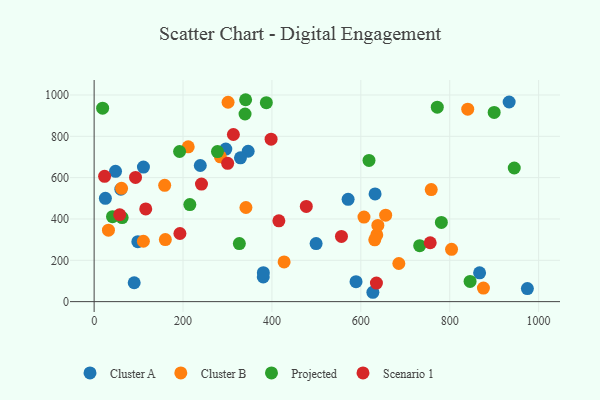
{"axis": {"x": "Study Hours", "y": "Exam Score"}, "legend": ["Cluster A", "Cluster B", "Projected", "Scenario 1"], "data": [{"x": "380.5", "y": 119.7, "type": "Cluster A"}, {"x": "90.1", "y": 91.5, "type": "Cluster A"}, {"x": "296.2", "y": 738.2, "type": "Cluster A"}, {"x": "589.2", "y": 96.4, "type": "Cluster A"}, {"x": "499.4", "y": 281.1, "type": "Cluster A"}, {"x": "933.7", "y": 966.0, "type": "Cluster A"}, {"x": "238.8", "y": 658.9, "type": "Cluster A"}, {"x": "380.7", "y": 140.1, "type": "Cluster A"}, {"x": "627.1", "y": 45.3, "type": "Cluster A"}, {"x": "632.1", "y": 521.0, "type": "Cluster A"}, {"x": "48.1", "y": 630.4, "type": "Cluster A"}, {"x": "25.3", "y": 500.0, "type": "Cluster A"}, {"x": "974.7", "y": 63.2, "type": "Cluster A"}, {"x": "346.5", "y": 727.7, "type": "Cluster A"}, {"x": "98.3", "y": 290.4, "type": "Cluster A"}, {"x": "867.2", "y": 139.3, "type": "Cluster A"}, {"x": "60.1", "y": 544.2, "type": "Cluster A"}, {"x": "110.9", "y": 651.4, "type": "Cluster A"}, {"x": "571.4", "y": 495.0, "type": "Cluster A"}, {"x": "329.2", "y": 695.8, "type": "Cluster A"}, {"x": "635.9", "y": 322.8, "type": "Cluster B"}, {"x": "607.1", "y": 409.0, "type": "Cluster B"}, {"x": "804.1", "y": 253.0, "type": "Cluster B"}, {"x": "840.5", "y": 931.6, "type": "Cluster B"}, {"x": "61.6", "y": 548.5, "type": "Cluster B"}, {"x": "32.2", "y": 345.9, "type": "Cluster B"}, {"x": "158.7", "y": 562.9, "type": "Cluster B"}, {"x": "284.0", "y": 700.7, "type": "Cluster B"}, {"x": "301.3", "y": 964.8, "type": "Cluster B"}, {"x": "638.3", "y": 368.6, "type": "Cluster B"}, {"x": "685.5", "y": 184.6, "type": "Cluster B"}, {"x": "341.5", "y": 455.6, "type": "Cluster B"}, {"x": "160.2", "y": 300.3, "type": "Cluster B"}, {"x": "875.8", "y": 65.4, "type": "Cluster B"}, {"x": "631.3", "y": 299.0, "type": "Cluster B"}, {"x": "211.7", "y": 749.4, "type": "Cluster B"}, {"x": "427.4", "y": 192.1, "type": "Cluster B"}, {"x": "758.4", "y": 542.1, "type": "Cluster B"}, {"x": "655.9", "y": 418.6, "type": "Cluster B"}, {"x": "110.8", "y": 292.3, "type": "Cluster B"}, {"x": "845.8", "y": 97.7, "type": "Projected"}, {"x": "340.8", "y": 977.1, "type": "Projected"}, {"x": "772.0", "y": 941.1, "type": "Projected"}, {"x": "387.4", "y": 962.8, "type": "Projected"}, {"x": "41.3", "y": 411.3, "type": "Projected"}, {"x": "732.4", "y": 271.0, "type": "Projected"}, {"x": "618.4", "y": 683.3, "type": "Projected"}, {"x": "19.1", "y": 936.2, "type": "Projected"}, {"x": "945.2", "y": 646.7, "type": "Projected"}, {"x": "339.5", "y": 908.0, "type": "Projected"}, {"x": "277.5", "y": 726.1, "type": "Projected"}, {"x": "192.2", "y": 726.5, "type": "Projected"}, {"x": "63.0", "y": 406.6, "type": "Projected"}, {"x": "781.2", "y": 383.5, "type": "Projected"}, {"x": "326.7", "y": 280.8, "type": "Projected"}, {"x": "900.0", "y": 915.6, "type": "Projected"}, {"x": "215.3", "y": 469.7, "type": "Projected"}, {"x": "477.3", "y": 460.9, "type": "Scenario 1"}, {"x": "756.1", "y": 284.9, "type": "Scenario 1"}, {"x": "57.5", "y": 420.5, "type": "Scenario 1"}, {"x": "241.5", "y": 568.9, "type": "Scenario 1"}, {"x": "556.4", "y": 315.7, "type": "Scenario 1"}, {"x": "23.5", "y": 606.5, "type": "Scenario 1"}, {"x": "300.4", "y": 669.2, "type": "Scenario 1"}, {"x": "635.1", "y": 89.8, "type": "Scenario 1"}, {"x": "116.1", "y": 448.7, "type": "Scenario 1"}, {"x": "193.0", "y": 329.8, "type": "Scenario 1"}, {"x": "415.6", "y": 390.9, "type": "Scenario 1"}, {"x": "313.3", "y": 808.7, "type": "Scenario 1"}, {"x": "93.1", "y": 601.2, "type": "Scenario 1"}, {"x": "398.1", "y": 786.2, "type": "Scenario 1"}]}